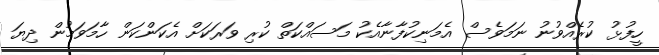
ހީފުޅު ކުރެއްވުނު ނަމަވެސް އެމަނިކުފާނާއެކު މަސައްކަތް ކުރި ވަރަކަށް އެކަންކަން ހާމަވަމުން ދިޔަ